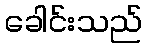
ခေါင်းသည်